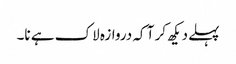
پہلے دیکھ کر آ کہ دروازہ لاک ہے نا۔